system: You are a helpful assistant.
user:
Analyze the provided spectrum to determine if it is a **"Cataclysmic Variables (CV)"**.

- **Key Indicators for CV (Check for either state):**
    - **State 1: Quiescent / Low-State (Emission-Dominated)**
        - **(Primary):** Strong and *very broad* Hydrogen Balmer emission lines (e.g., $H\alpha$ at 6563 Å, $H\beta$ at 4861 Å). The 'broadness' (high velocity dispersion, often FWHM > 1000 km/s) is the key diagnostic, indicating a high-velocity accretion disk.
        - **(Secondary):** Broad neutral Helium (He I) emission lines (e.g., 5876 Å, 6678 Å).
        - **(Key Confirmation):** Presence of high-excitation *ionized* Helium (He II) emission at 4686 Å. This is a strong indicator of accretion onto a white dwarf.
        - **(Line Profile):** Emission lines may exhibit a 'double-peaked' profile, which is a classic signature of a rotating accretion disk viewed at high inclination.

    - **State 2: Outburst / High-State (Absorption-Dominated)**
        - **(Primary):** Spectrum is dominated by a bright, blue continuum (looks like a hot star).
        - **(Secondary):** The emission lines from State 1 are weak, absent, or 'filled in', and are replaced by broad, shallow *absorption* lines (primarily Balmer and He I).
        - **(Morphology):** The overall spectrum mimics a hot B/A-type star. The crucial difference is that the absorption lines are significantly broader, shallower, and more 'washed-out' (or 'smeared') than the sharp lines of a normal stellar photosphere, due to high rotational speeds and pressure broadening in the disk.

Think first, call **spectral_visualization_tool** if needed to examine features in detail, then provide your final answer. Your response must adhere to the following strict rules:
1.  **Overall Structure:** Your response must follow the format `<think>...</think> <tool_call>...</tool_call> (if a tool is used) <answer>...</answer>`.
2.  **Tool Usage Constraint:** You may only make **one** tool call per turn.
3.  **Final Answer Format:** In the `<answer>` tag, your conclusion must be inside a `\boxed{}` command (e.g., `\boxed{YES}`), followed by your justification.

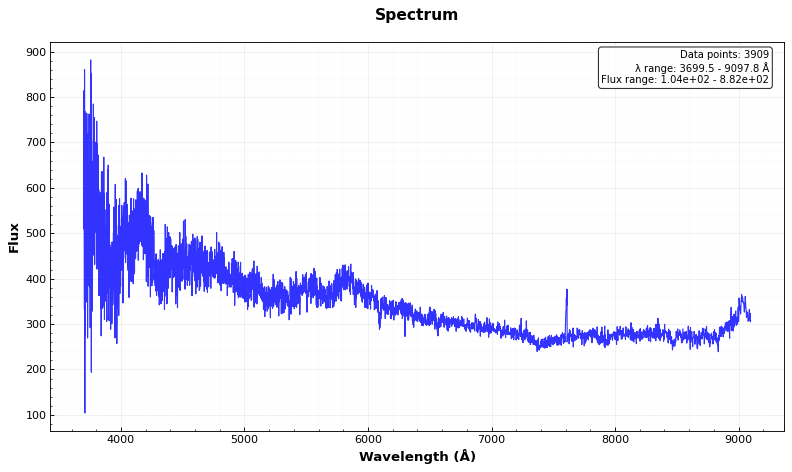
Answer: NO